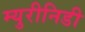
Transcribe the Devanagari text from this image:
म्युरीनिडी